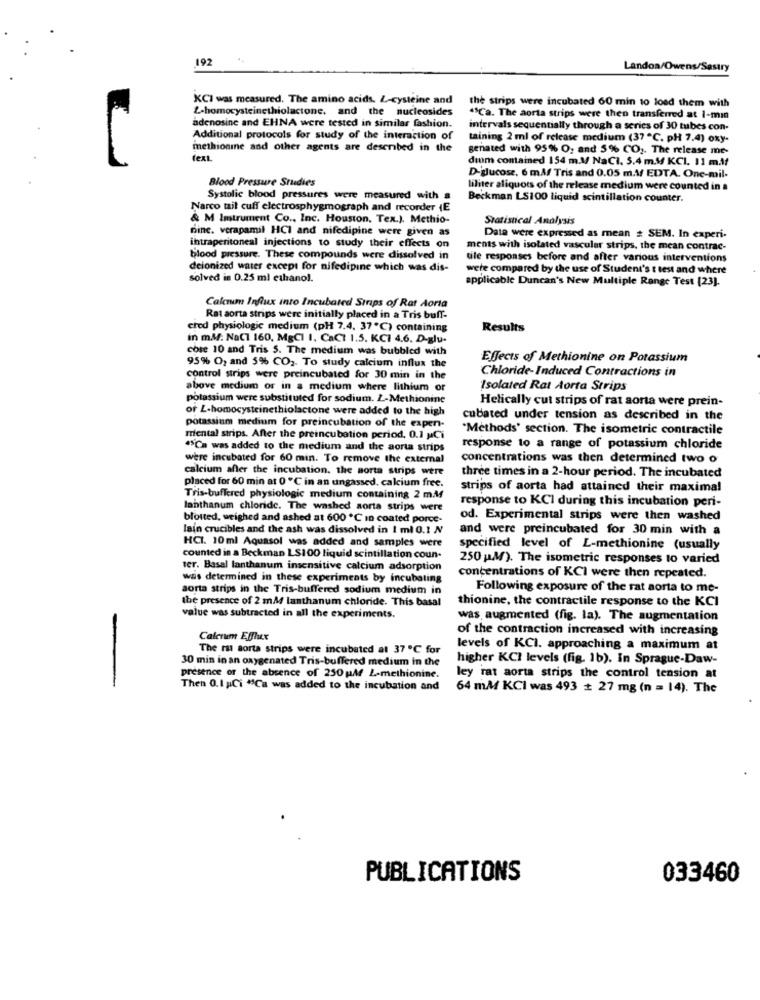
192
Landon/Owens/Sestry
KCI was measured. The amino acids. L-cysteine and
the strips were incubated 60 min to load them with
L-homocysteinethiolactone, and the nucleosides
"SCa. The aorta strips were then transferred at 1-min
adenosine and EHNA were tested in similar fashion.
intervals sequentially through a series of 30 tubes con-
Additional protocols for study of the interaction of
taining 2 ml of release medium (37 ℃. pH 7.4) oxy-
methionine and other agents are described in the
genated with 95% O, and 5% CO2. The release me-
text.
dium comained 154 m.M/ NaCl. 5.4 m.M KCI. 11 mit
Blood Pressure Studies
D-glucose, 6 mA/ Tris and 0.05 m.V/ EDTA. One-mil-
liliter aliquots of the release medium were counted in a
Systolic blood pressures were measured with a
Beckman LS100 liquid scintillation counter.
Narco tail cuff electrosphygmograph and recorder (E
& M Imstrument Co ., Inc. Houston, Tex.). Methio-
Statistical Analysis
nine. verapamil HCI and nifedipine were given as
intraperitoneal injections to study their effects on
Data were expressed as mean # SEM. In experi-
ments with isolated vascular strips, the mean contrac-
blood pressure. These compounds were dissolved in
tile responses before and after various interventions
deionized water except for nifedipine which was dis-
were compared by the use of Student's t test and where
solved in 0.25 ml ethanol.
applicable Duncan's New Multiple Range Test [23].
Calcium Influx into Incubated Strips of Rat Aorta
Rat aorta strips were initially placed in a Tris buff-
cred physiologic medium (pH 7.4. 37℃) containing
Results
in m.M: NaCl 160, MgCl 1. CaCt 1.5. KCI 4.6. D-glu-
cose 10 and Tris 5. The medium was bubbled with
Effects of Methionine on Potassium
95% O2 and 5% CO2. To study calcium influx the
Chloride-Induced Contractions in
control strips were preincubated for 30 min in the
above medium or in a medium where lithium or
Isolated Rat Aorta Strips
potassium were substituted for sodium. Z-Methionine
Helically cut strips of rat aorta were prein-
of L-homocysteinethiolactone were added to the high
cubated under tension as described in the
potassium medium for preincubation of the expen-
"Methods' section. The isometric contractile
mental strips. After the preincubation period. 0.1 Ci
.Ca was added to the medium and the aorta strips
response to a range of potassium chloride
were incubated for 60 min. To remove the external
concentrations was then determined two o
calcium after the incubation. the sorta strips were
placed for 60 min at 0 ℃ in an ungassed. calcium free.
three times in a 2-hour period. The incubated
strips of aorta had attained their maximal
Tris-buffered physiologic medium containing 2 m.M
response to KCI during this incubation peri-
lanthanum chloride. The washed sorta strips were
blotted, weighed and ashed at 600 ℃ in coated porce-
od. Experimental strips were then washed
lain crucibles and the ash was dissolved in I ml 0.1 N
and were preincubated for 30 min with a
HCI. 10ml Aquasol was added and samples were
specified level of L-methionine (usually
counted in a Beckman LS100 liquid scintillation coun-
250 M). The isometric responses to varied
ter. Basal lanthanum insensitive calcium adsorption
was determined in these experiments by incubating
concentrations of KCI were then repeated.
aorta strips in the Tris-buffered sodium medium in
Following exposure of the rat aorta to me-
the presence of 2 mM lanthanum chloride. This basal
thionine, the contractile response to the KCI
value was subtracted in all the experiments.
was, augmented (fig. la). The augmentation
of the contraction increased with increasing
Calcium Effler
The rat sorta strips were incubated at 37 ℃ for
levels of KCI. approaching a maximum at
30 min in an oxygenated Tris-buffered medium in the
higher KCI levels (fig. 1b). In Sprague-Daw-
presence of the absence of 250 M/ L-methionine.
ley rat aorta strips the control tension at
Then 0.1 ;Ci "9Ca was added to the incubation and
64 mM KCI was 493 + 27 mg (n = 14). The
PUBLICATIONS
033460